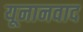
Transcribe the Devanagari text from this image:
यूनानवाद